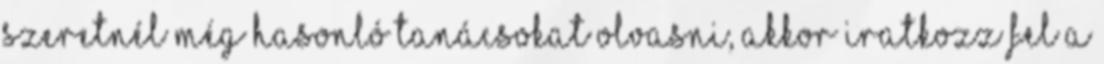
szeretnél még hasonló tanácsokat olvasni, akkor iratkozz fel a